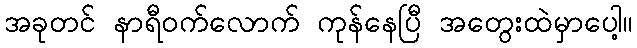
အခုတင် နာရီဝက်လောက် ကုန်နေပြီ အတွေးထဲမှာပေါ့။